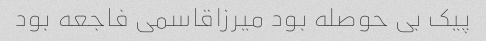
پیک بی حوصله بود میرزاقاسمی فاجعه بود